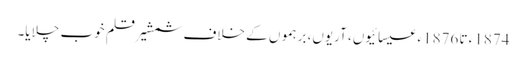
1874ء تا 1876ء عیسائیوں، آریوں، برہموں کے خلاف شمشیر قلم خوب چلایا۔